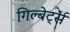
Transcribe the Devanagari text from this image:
गिल्बेर्ट्स